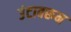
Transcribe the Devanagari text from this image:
उंटावरून